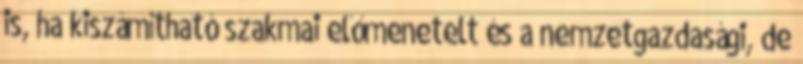
is, ha kiszámítható szakmai előmenetelt és a nemzetgazdasági, de